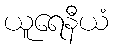
ယူရေနီယံ